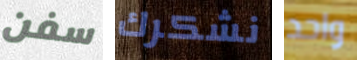
سفن نشكرك واحد